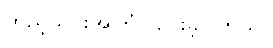
ထည့်သွင်းအကြံပြုပေးခဲ့ပါတယ်။